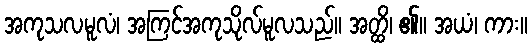
အကုသလမူလံ၊ အကြင်အကုသိုလ်မူလသည်။ အတ္ထိ၊ ၏။ အယံ၊ ကား။